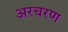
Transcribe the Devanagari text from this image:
अरचरण